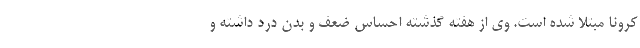
کرونا مبتلا شده است. وی از هفته گذشته احساس ضعف و بدن درد داشته و